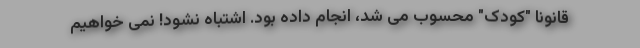
قانوناً "کودک" محسوب می شد، انجام داده بود. اشتباه نشود! نمی خواهیم